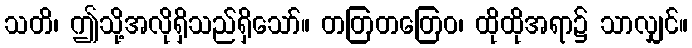
သတိ၊ ဤသို့အလိုရှိသည်ရှိသော်။ တတြတတြေဝ၊ ထိုထိုအရာ၌ သာလျှင်။